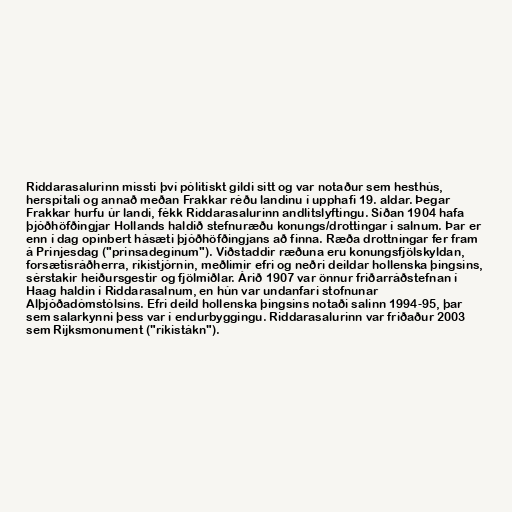
Riddarasalurinn missti því pólitískt gildi sitt og var notaður sem hesthús,
herspítali og annað meðan Frakkar réðu landinu í upphafi 19. aldar. Þegar
Frakkar hurfu úr landi, fékk Riddarasalurinn andlitslyftingu. Síðan 1904 hafa
þjóðhöfðingjar Hollands haldið stefnuræðu konungs/drottingar í salnum. Þar er
enn í dag opinbert hásæti þjóðhöfðingjans að finna. Ræða drottningar fer fram
á Prinjesdag ("prinsadeginum"). Viðstaddir ræðuna eru konungsfjölskyldan,
forsætisráðherra, ríkistjórnin, meðlimir efri og neðri deildar hollenska þingsins,
sérstakir heiðursgestir og fjölmiðlar. Árið 1907 var önnur friðarráðstefnan í
Haag haldin í Riddarasalnum, en hún var undanfari stofnunar
Alþjóðadómstólsins. Efri deild hollenska þingsins notaði salinn 1994-95, þar
sem salarkynni þess var í endurbyggingu. Riddarasalurinn var friðaður 2003
sem Rijksmonument ("ríkistákn").